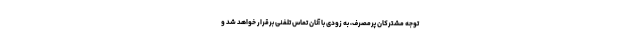
توجه مشترکان پرمصرف، به زودی با آنان تماس تلفنی برقرار خواهد شد و